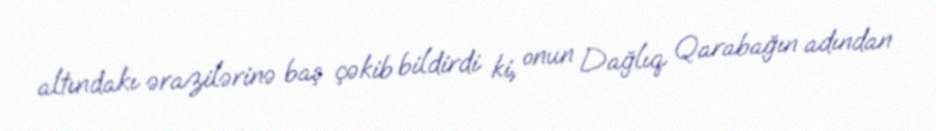
altındakı ərazilərinə baş çəkib bildirdi ki, onun Dağlıq Qarabağın adından